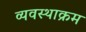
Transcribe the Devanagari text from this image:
व्यवस्थाक्रम